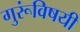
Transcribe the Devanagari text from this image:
गुरूंविषयी